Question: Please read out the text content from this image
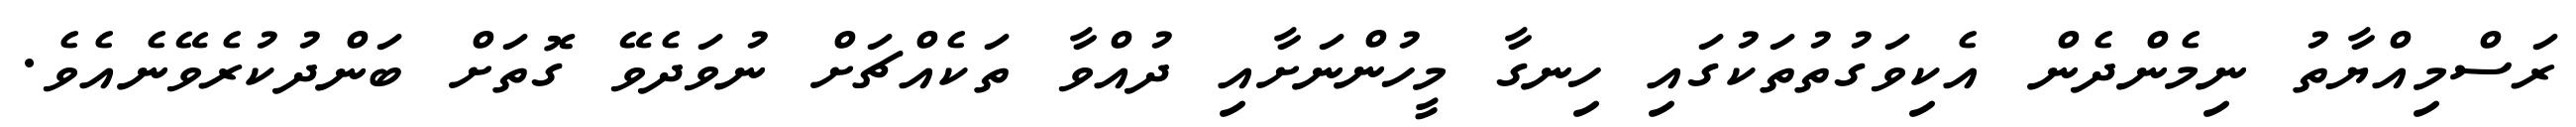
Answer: ރަސްމިއްޔާތު ނިމެންދެން އެކިވަގުތުތަކުގައި ހިނގާ މީހުންނަށާއި ދުއްވާ ތަކެއްޗަށް ނުވަދެވޭ ގޮތަށް ބަންދުކުރެވޭނެއެވެ.